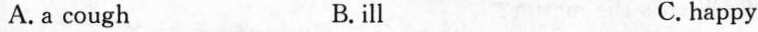
A. a cough B. ill C.happy